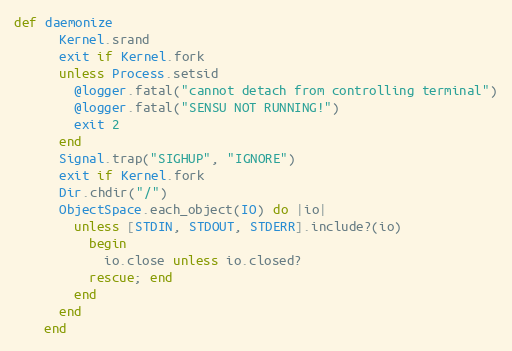
Language: Ruby
def daemonize
      Kernel.srand
      exit if Kernel.fork
      unless Process.setsid
        @logger.fatal("cannot detach from controlling terminal")
        @logger.fatal("SENSU NOT RUNNING!")
        exit 2
      end
      Signal.trap("SIGHUP", "IGNORE")
      exit if Kernel.fork
      Dir.chdir("/")
      ObjectSpace.each_object(IO) do |io|
        unless [STDIN, STDOUT, STDERR].include?(io)
          begin
            io.close unless io.closed?
          rescue; end
        end
      end
    end